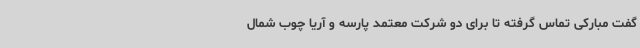
گفت مبارکی تماس گرفته تا برای دو شرکت معتمد پارسه و آریا چوب شمال